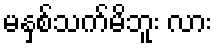
မနှစ်သက်မိဘူး လား